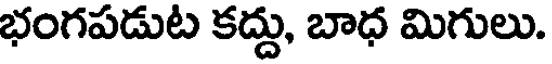
భంగపడుట కద్దు, బాధ మిగులు.